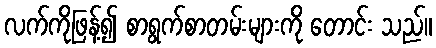
လက်ကိုဖြန့်၍ စာရွက်စာတမ်းများကို တောင်း သည်။